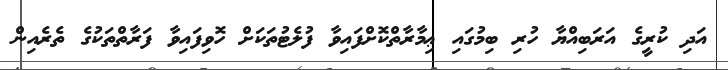
އަދި ކުރީގެ އަރަބިއްޔާ ހުރި ބިމުގައި ޢިމާރާތްކޮށްފައިވާ ފުލެޓުތަކަށް ހޮވިފައިވާ ފަރާތްތަކުގެ ތެރެއިން